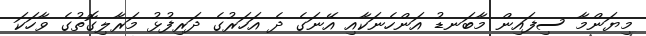
މިޔަންމާ ސިފައިން މާބަނޑު އަންހެނަކާއި އޭނަގެ ދެ އަހަރުގެ ދަރިފުޅު މަރާލިގޮތުގެ ވާހަކަ